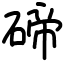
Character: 碲